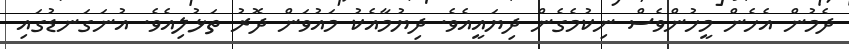
ދެމުން އެހެން މީހުންވެސް ނިކުމެގެން ދިޔައީއެވެ. ދިޔުމާއެކު މައުވަން ދޮރު ތަޅުލިއެވެ. އުނަގަނޑުގައި